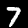
Digit: 7